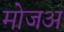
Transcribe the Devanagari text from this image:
मोजअ